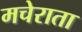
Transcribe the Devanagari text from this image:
मचेराता